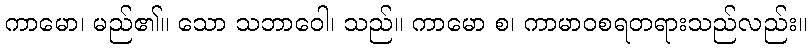
ကာမော၊ မည်၏။ သော သဘာဝေါ၊ သည်။ ကာမော စ၊ ကာမာဝစရတရားသည်လည်း။